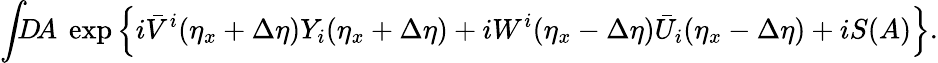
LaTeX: \int\! \! \! D\! A\ \exp\left\{ i\bar{V}^{i}(\eta_{x}+\Delta\eta)Y_{i}(\eta_{x}+\Delta\eta)+iW^{i}(\eta_{x}-\Delta\eta)\bar{U}_{i}(\eta_{x}-\Delta\eta)+iS(A)\right\} .